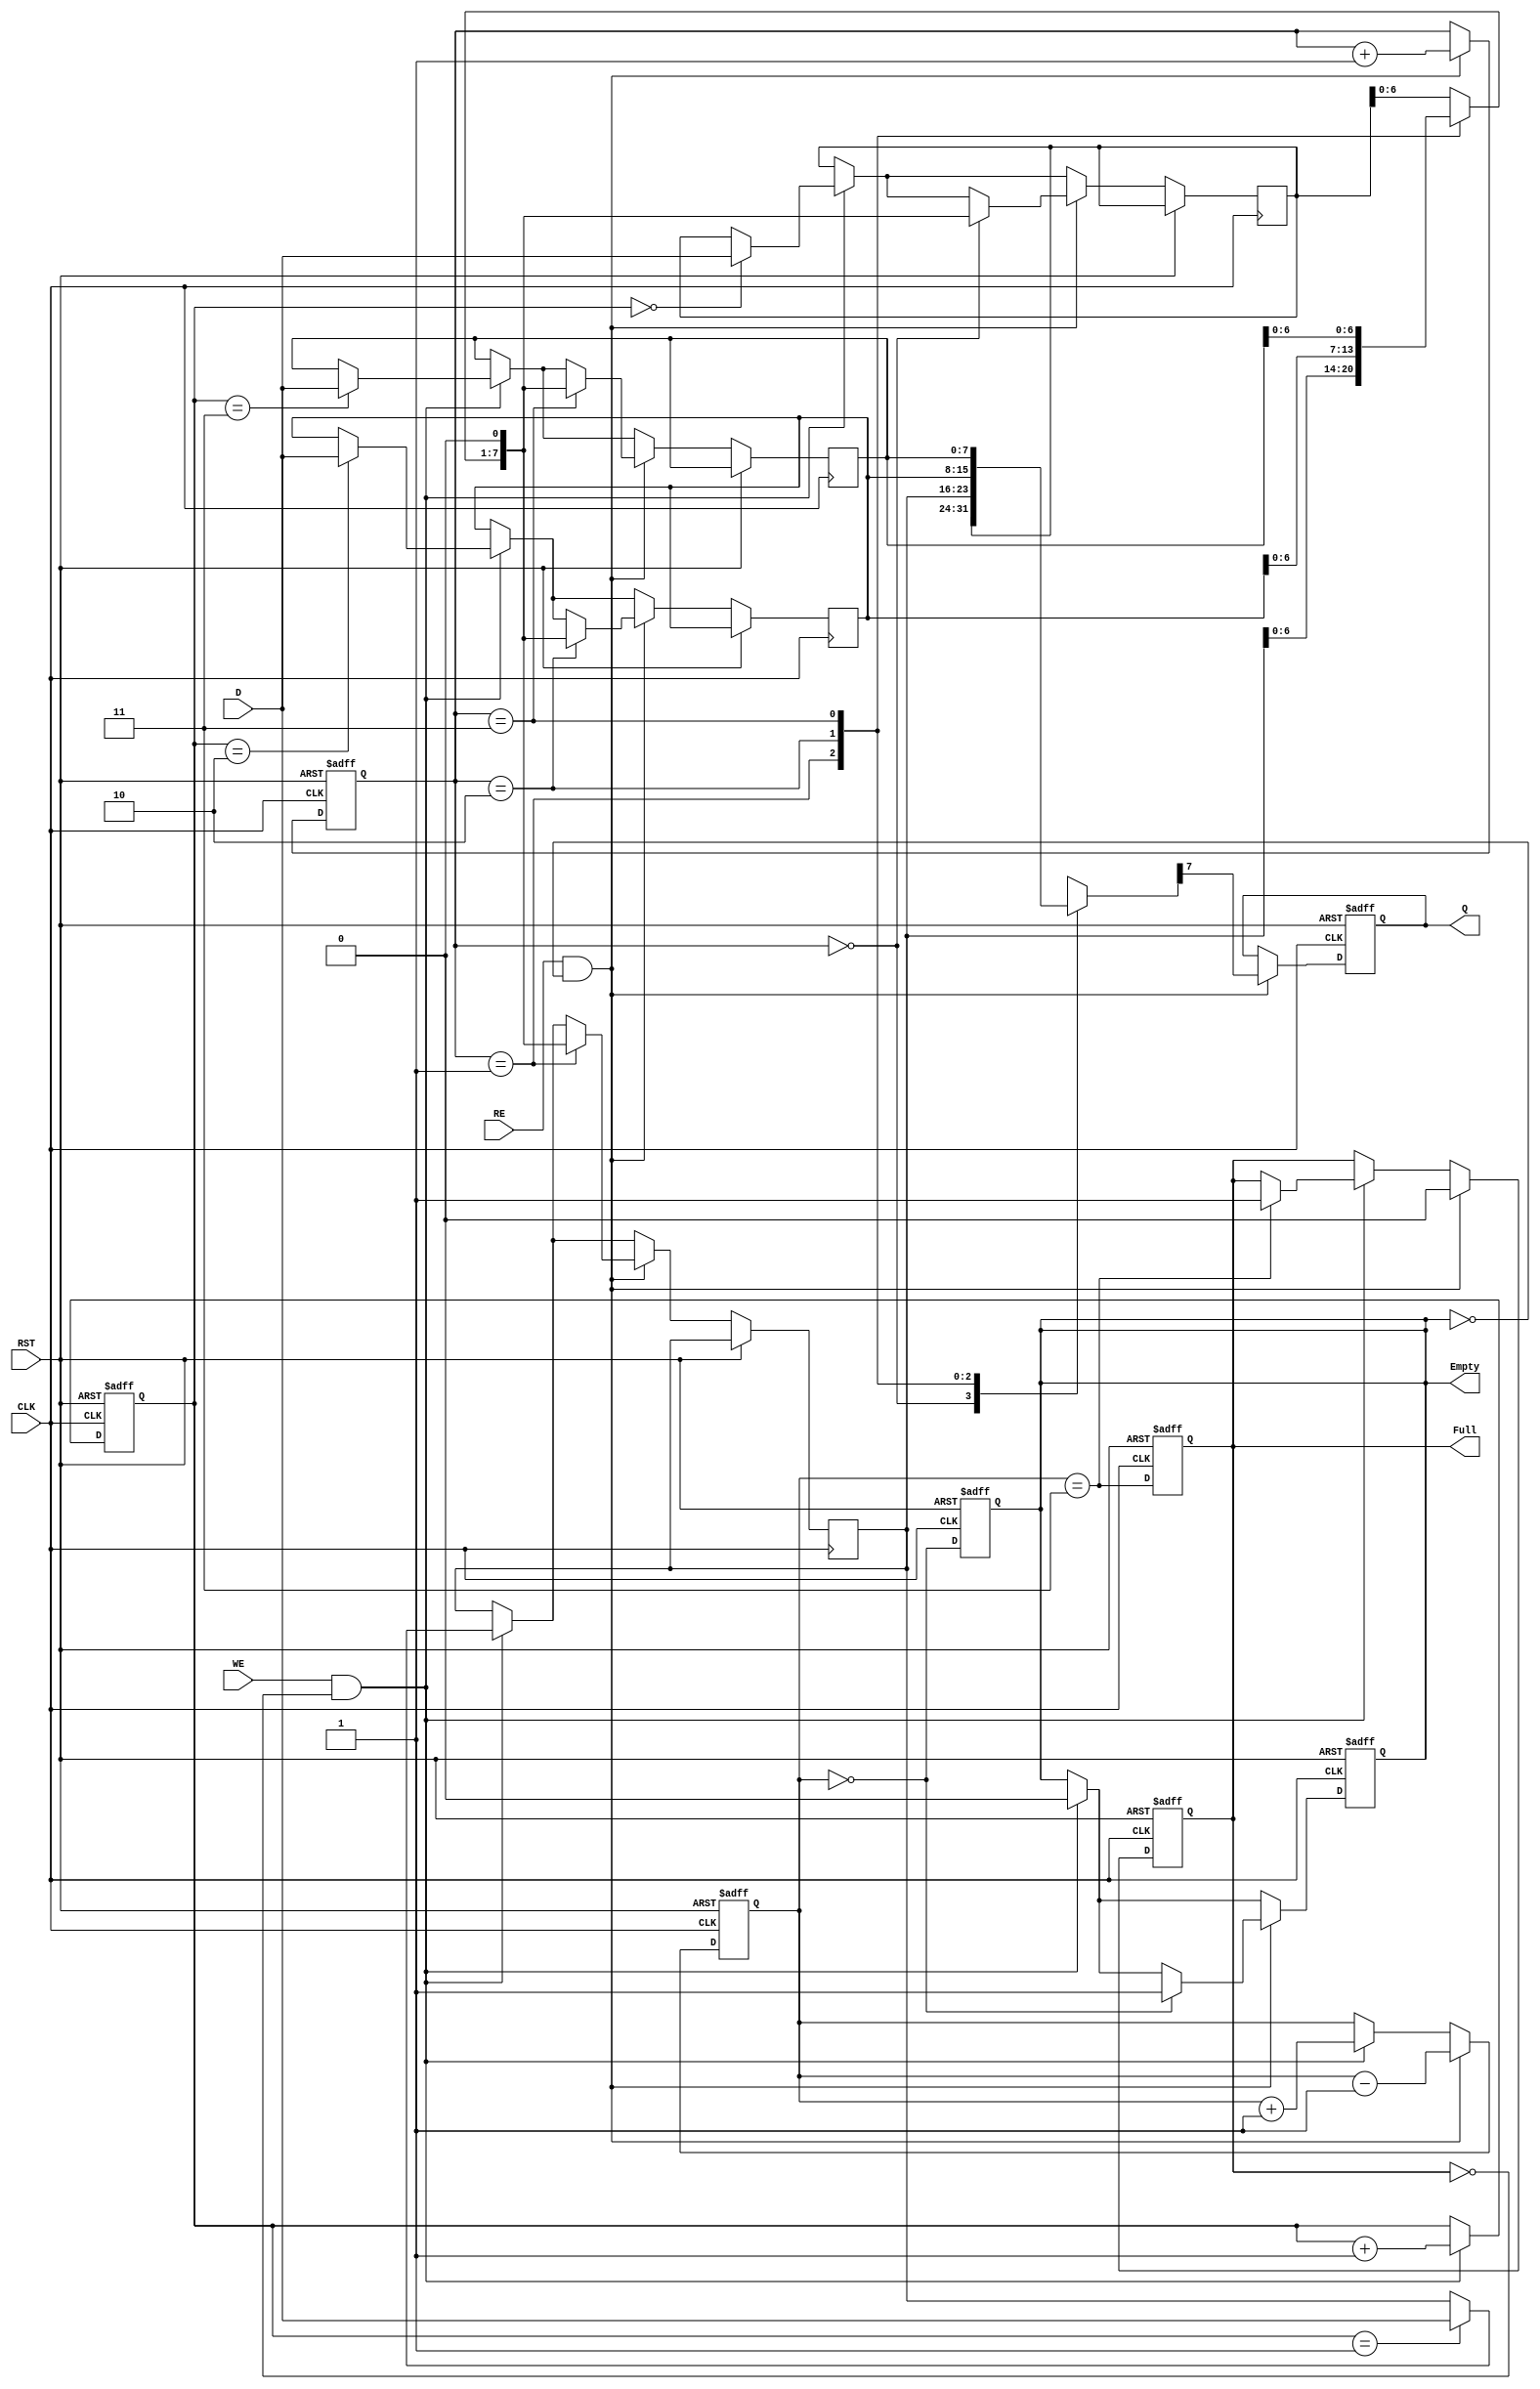
module fifo_piso (
    input wire [7:0] D,      // Parallel Data Input (8 bits)
    input wire WE,           // Write Enable
    input wire RE,           // Read Enable
    input wire CLK,          // Clock
    input wire RST,          // Reset
    output reg Q,            // Serial Output
    output reg Full,         // Full Flag
    output reg Empty         // Empty Flag
);

    // FIFO storage (8 flip-flops for an 8-bit wide FIFO)
    reg [7:0] fifo_storage [3:0]; // 4 entries of 8 bits (capacity = 32 bits)
    reg [1:0] write_pointer; // Points to the next write location
    reg [1:0] read_pointer;  // Points to the next read location
    reg [3:0] count;         // Number of items in FIFO

    // Initialize the FIFO
    always @(posedge CLK or posedge RST) begin
        if (RST) begin
            write_pointer <= 2'b00;
            read_pointer <= 2'b00;
            count <= 4'b0000;
            Full <= 1'b0;
            Empty <= 1'b1;
            Q <= 1'b0;
        end else begin
            // Write operation
            if (WE && !Full) begin
                fifo_storage[write_pointer] <= D; // Load data into FIFO
                write_pointer <= write_pointer + 1;
                count <= count + 1;
                if (count == 4'b0011) // If full
                    Full <= 1'b1;
                Empty <= 1'b0; // FIFO can't be empty after we write
            end
            
            // Read operation
            if (RE && !Empty) begin
                Q <= fifo_storage[read_pointer][7]; // Output the MSB of the current entry
                // Shift the data left (remove the MSB)
                fifo_storage[read_pointer] <= {fifo_storage[read_pointer][6:0], 1'b0};
                read_pointer <= read_pointer + 1;
                count <= count - 1;
                if (count == 0) // If empty
                    Empty <= 1'b1;
                Full <= 1'b0; // FIFO can't be full after we read
            end
        end
    end

    // Control Full and Empty flags
    always @(posedge CLK or posedge RST) begin
        if (RST) begin
            Full <= 1'b0;
            Empty <= 1'b1;
        end else begin
            Full <= (count == 4'b0011); // Update Full flag if FIFO is full
            Empty <= (count == 0);      // Update Empty flag if FIFO is empty
        end
    end

endmodule